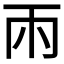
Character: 𮦄